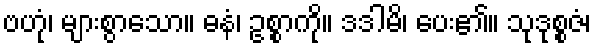
ဗဟုံ၊ များစွာသော။ ဓနံ၊ ဥစ္စာကို။ ဒဒါမိ၊ ပေး၏။ သုဒုစ္စဇံ၊